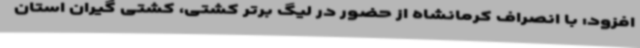
افزود: با انصراف کرمانشاه از حضور در لیگ برتر کشتی، کشتی گیران استان